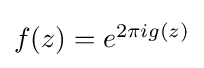
{\textstyle f(z)=e^{2\pi ig(z)}}